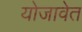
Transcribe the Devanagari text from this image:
योजावेत